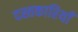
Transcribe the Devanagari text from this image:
दस्तकारियाँ